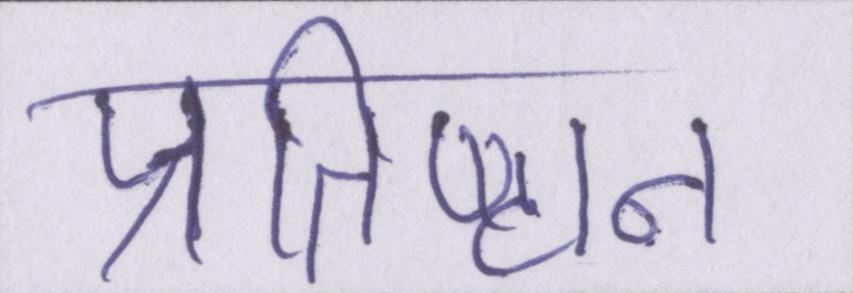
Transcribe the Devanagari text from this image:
प्रतिष्ठान